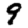
Digit: 9